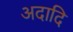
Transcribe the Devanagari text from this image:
अदादि